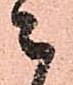
ニ